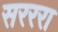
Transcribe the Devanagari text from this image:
सरररा